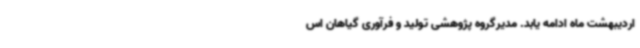
اردیبهشت ماه ادامه یابد. مدیرگروه پژوهشی تولید و فرآوری گیاهان اس